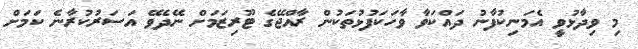
މި ވިދާޅުވީ އެމަނިކުފާނު ދައްކަވާ ވާހަކަފުޅުތަކުން ރާއްޖޭގެ ޓޫރިޒަމަށް ނޭދެވޭ އަސަރުކުރާނެ ކަމަށް